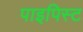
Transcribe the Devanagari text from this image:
पाइपिस्ट